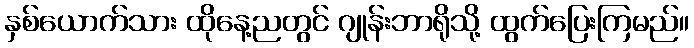
နှစ်ယောက်သား ထိုနေ့ညတွင် ဂျုန်းဘာရိုသို့ ထွက်ပြေးကြမည်။